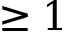
\ge 1